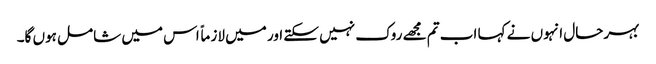
بہرحال انہوں نے کہا اب تم مجھے روک نہیں سکتے اور میں لازماً اس میں شامل ہوں گا۔